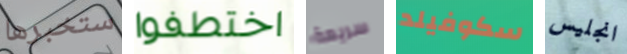
ستخبرها اختطفوا سريعة سكوفيلد انجليس